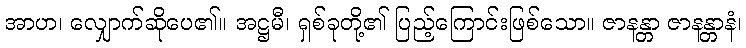
အာဟ၊ လျှောက်ဆိုပေ၏။ အဋ္ဌမီ၊ ရှစ်ခုတို့၏ ပြည့်ကြောင်းဖြစ်သော။ ဇာနန္တာ ဇာနန္တာနံ၊